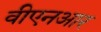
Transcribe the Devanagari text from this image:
वीएनआर